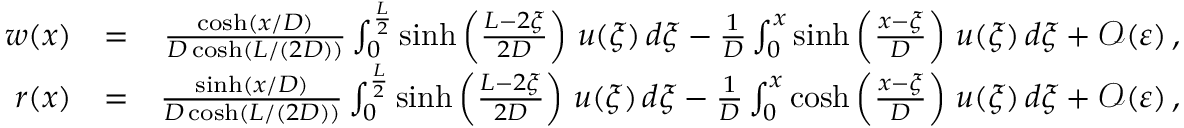
\begin{array} { r } { \begin{array} { r l r } { w ( x ) } & { = } & { \frac { \cosh \left( x / D \right) } { D \cosh \left( L / ( 2 D ) \right) } \int _ { 0 } ^ { \frac L 2 } \sinh \left( \frac { L - 2 \xi } { 2 D } \right) \, u ( \xi ) \, d \xi - \frac 1 D \int _ { 0 } ^ { x } \sinh \left( \frac { x - \xi } D \right) \, u ( \xi ) \, d \xi + \mathcal { O } ( \varepsilon ) \, , } \\ { r ( x ) } & { = } & { \frac { \sinh \left( x / D \right) } { D \cosh \left( L / ( 2 D ) \right) } \int _ { 0 } ^ { \frac L 2 } \sinh \left( \frac { L - 2 \xi } { 2 D } \right) \, u ( \xi ) \, d \xi - \frac 1 D \int _ { 0 } ^ { x } \cosh \left( \frac { x - \xi } D \right) \, u ( \xi ) \, d \xi + \mathcal { O } ( \varepsilon ) \, , } \end{array} } \end{array}